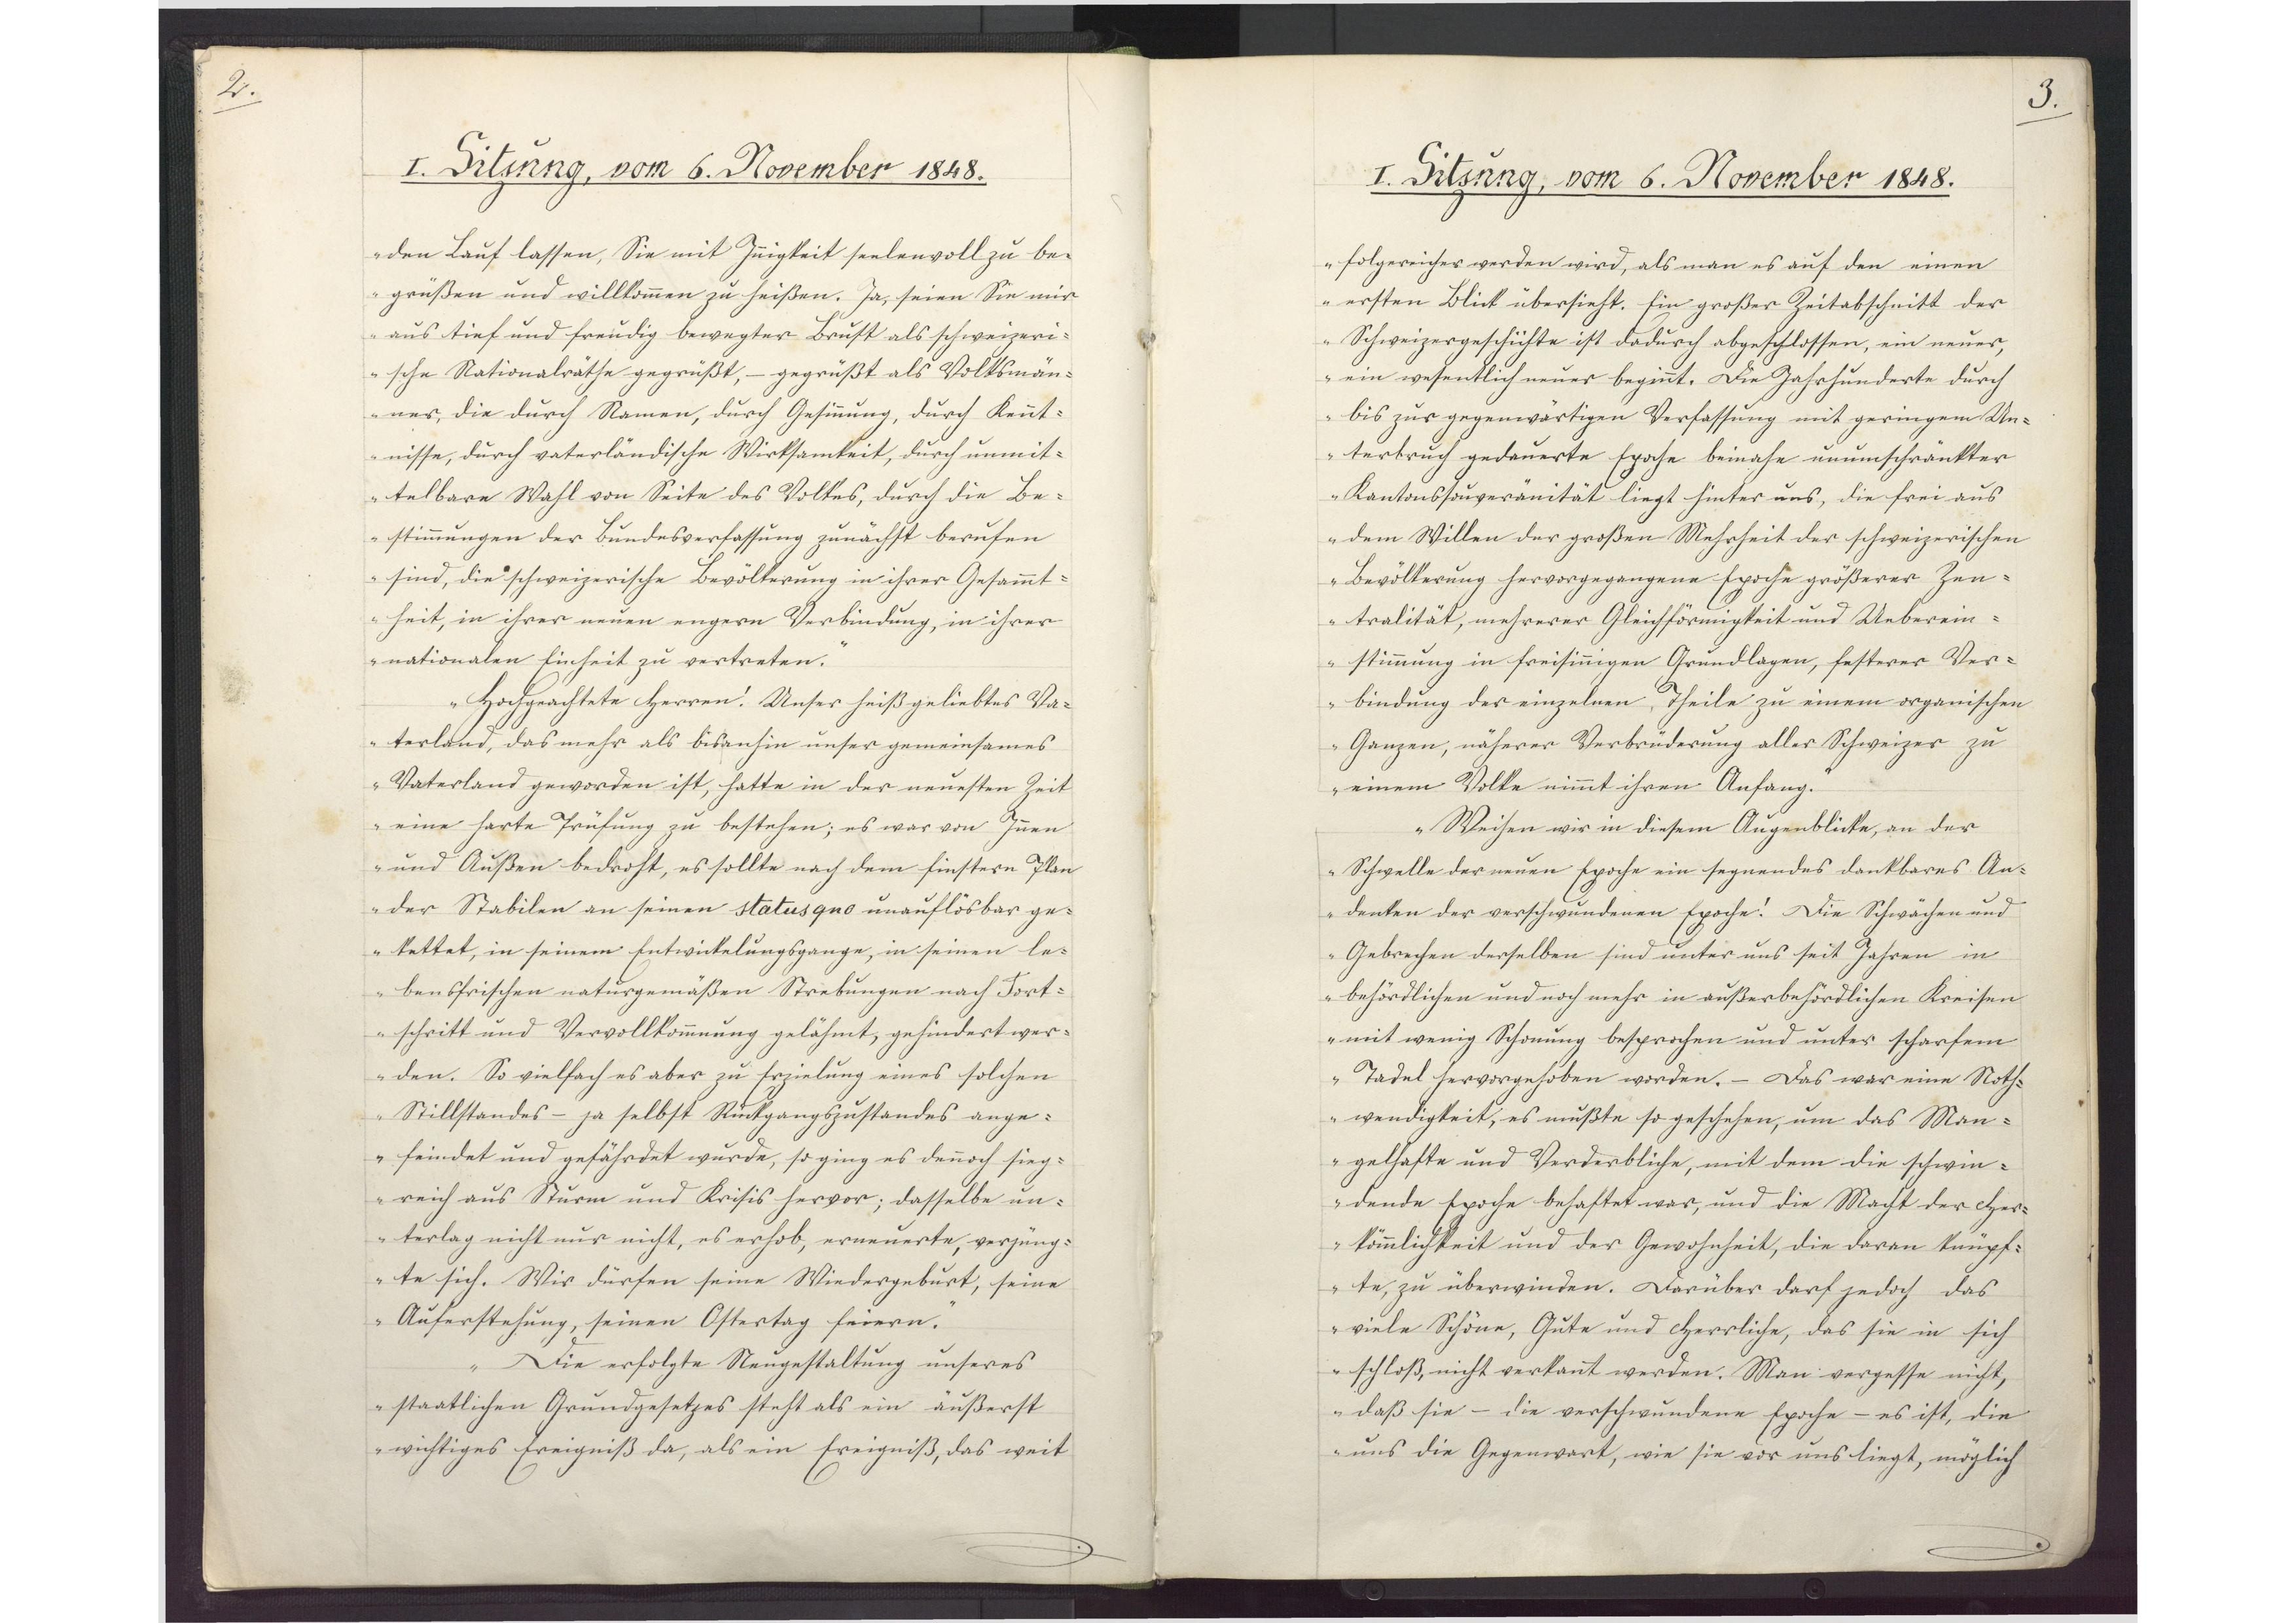
2.

I. Sitzung, vom 6. November 1848.

den Lauf lassen, Sie mit Innigkeit seelenvoll zu be¬
grüßen und willkommen zu heißen. Ja, seien Sie mir
aus tief und freudig bewegter Brust als schweizeri¬
sche Nationalräthe gegrüßt, gegrüßt als Volksmän¬
ner, die durch Namen, durch Gesinnung, durch Kennt¬
nisse, durch vaterländische Wirksamkeit, durch unmit¬
telbare Wahl von Seite des Volkes, durch die Be¬
stimmungen der Bundesverfassung zunächst berufen
sind, die schweizerische Bevölkerung in ihrer Gesammt¬
heit, in ihrer neuen engern Verbindung, in ihrer
nationalen Einheit zu vertreten.
Hochgeachtete Herren! Unser heiß geliebtes Va¬
terland, das mehr als bisanhin unser gemeinsames
Vaterland geworden ist, hatte in der neuesten Zeit
eine harte Prüfung zu bestehen; es war von Innen
und Außen bedroht, es sollte nach dem finstern Plan
der Stabilen an seinen status quo unauflösbar ge¬
kettet, in seinem Entwickelungsgange, in seinen le¬
bensfrischen naturgemäßen Strebungen nach Fort¬
schritt und Vervollkommnung gelähmt, gehindert wer¬
den. So vielfach es aber zu Erzielung eines solchen
Stillstandes - ja selbst Rückgangszustandes ange¬
feindet und gefährdet wurde, so ging es dennoch sieg¬
reich aus Sturm und Krisis hervor; dasselbe un¬
terlag nicht nur nicht, es erhob, erneuerte, verjüng¬
te sich. Wir dürfen seine Wiedergeburt, seine
Auferstehung, seinen Ostertag feiern.
Die erfolgte Neugestaltung unseres
staatlichen Grundgesetzes steht als ein äußerst
wichtiges Ereigniß da, als ein Ereigniß, das weit

3.

I. Sitzung, vom 6. November 1848.

folgereicher werden wird, als man es auf den einen
ersten Blick übersieht. Ein großer Zeitabschnitt der
Schweizergeschichte ist dadurch abgeschlossen, ein neuer,
ein wesentlich neuer beginnt. Die Jahrhunderte durch
bis zur gegenwärtigen Verfassung mit geringem Un¬
terbruch gedauerte Epoche beinahe unumschränkter
Kantonssouveränität liegt hinter uns, die frei aus
dem Willen der großen Mehrheit der schweizerischen
Bevölkerung hervorgegangene Epoche größerer Zen¬
tralität, mehrerer Gleichförmigkeit und Ueberein¬
stimmung in freisinnigen Grundlagen, festerer Ver¬
bindung der einzelnen Theile zu einem organischen
Ganzen, näherer Verbrüderung aller Schweizer zu
einem Volke nimmt ihren Anfang.
Weisen wir in diesem Augenblicke, an der
Schwelle der neuen Epoche ein segnendes dankbares An¬
denken der verschwundenen Epoche! Die Schwächen und
Gebrechen derselben sind unter uns seit Jahren in
behördlichen und noch mehr in außerbehördlichen Kreisen
mit wenig Schonung besprochen und unter scharfem
Tadel hervorgehoben worden. - Das war eine Noth¬
wendigkeit, es mußte so geschehen, um das Man¬
gelhafte und Verderbliche, mit dem die schwin¬
dende Epoche behaftet war, und die Macht der Her¬
kömmlichkeit und der Gewohnheit, die daran knüpf¬
te, zu überwinden. Darüber darf jedoch das
viele Schöne, Gute und Herrliche, das sie in sich
schloß, nicht verkannt werden. Man vergesse nicht,
daß sie - die verschwundene Epoche - es ist, die
uns die Gegenwart, wie sie vor uns liegt, möglich